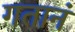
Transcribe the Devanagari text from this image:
गतानं